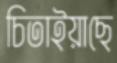
চিতাইয়াছে